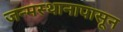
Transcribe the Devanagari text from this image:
जन्मस्थानापासून